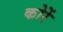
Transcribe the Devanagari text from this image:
कोरें